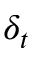
\delta _ { t }